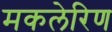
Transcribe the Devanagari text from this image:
मकलेरिण